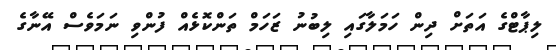
ލިޕާޓްގެ އަތަށް ދިން ހަމަލާގައި ލިބުނު ޒަހަމް ތަންކޮޅެއް ފުންވި ނަމަވެސް އޭނާގެ